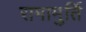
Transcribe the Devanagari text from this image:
रामामुर्ति